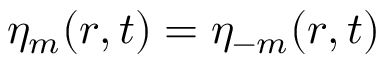
\eta _ { m } ( \boldsymbol { r } , t ) = \eta _ { - m } ( \boldsymbol { r } , t )